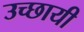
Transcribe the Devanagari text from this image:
उच्छायी